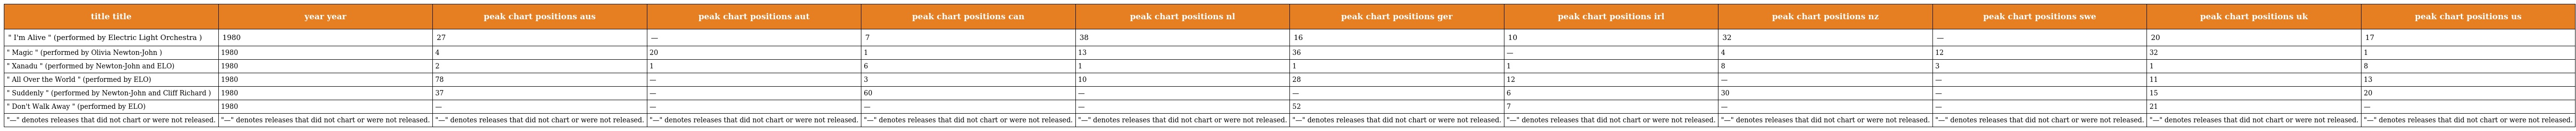
| title title | year year | peak chart positions aus | peak chart positions aut | peak chart positions can | peak chart positions nl | peak chart positions ger | peak chart positions irl | peak chart positions nz | peak chart positions swe | peak chart positions uk | peak chart positions us |
 | --- | --- | --- | --- | --- | --- | --- | --- | --- | --- | --- | --- |
 | " I'm Alive " (performed by Electric Light Orchestra ) | 1980 | 27 | — | 7 | 38 | 16 | 10 | 32 | — | 20 | 17 |
 | " Magic " (performed by Olivia Newton-John ) | 1980 | 4 | 20 | 1 | 13 | 36 | — | 4 | 12 | 32 | 1 |
 | " Xanadu " (performed by Newton-John and ELO) | 1980 | 2 | 1 | 6 | 1 | 1 | 1 | 8 | 3 | 1 | 8 |
 | " All Over the World " (performed by ELO) | 1980 | 78 | — | 3 | 10 | 28 | 12 | — | — | 11 | 13 |
 | " Suddenly " (performed by Newton-John and Cliff Richard ) | 1980 | 37 | — | 60 | — | — | 6 | 30 | — | 15 | 20 |
 | " Don't Walk Away " (performed by ELO) | 1980 | — | — | — | — | 52 | 7 | — | — | 21 | — |
 | "—" denotes releases that did not chart or were not released. | "—" denotes releases that did not chart or were not released. | "—" denotes releases that did not chart or were not released. | "—" denotes releases that did not chart or were not released. | "—" denotes releases that did not chart or were not released. | "—" denotes releases that did not chart or were not released. | "—" denotes releases that did not chart or were not released. | "—" denotes releases that did not chart or were not released. | "—" denotes releases that did not chart or were not released. | "—" denotes releases that did not chart or were not released. | "—" denotes releases that did not chart or were not released. | "—" denotes releases that did not chart or were not released. |